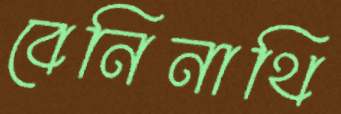
বেনিনাথি